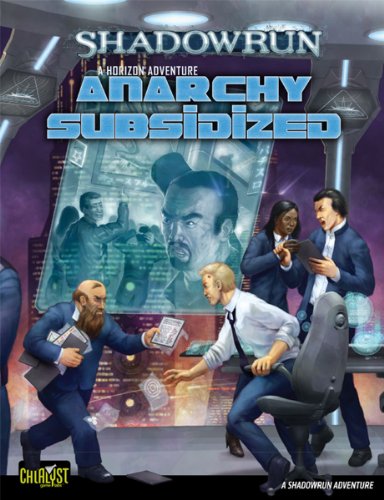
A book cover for Shadowrun Anarchy Subsidized Horizon 2; Catalyst Game Labs; Science Fiction & Fantasy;